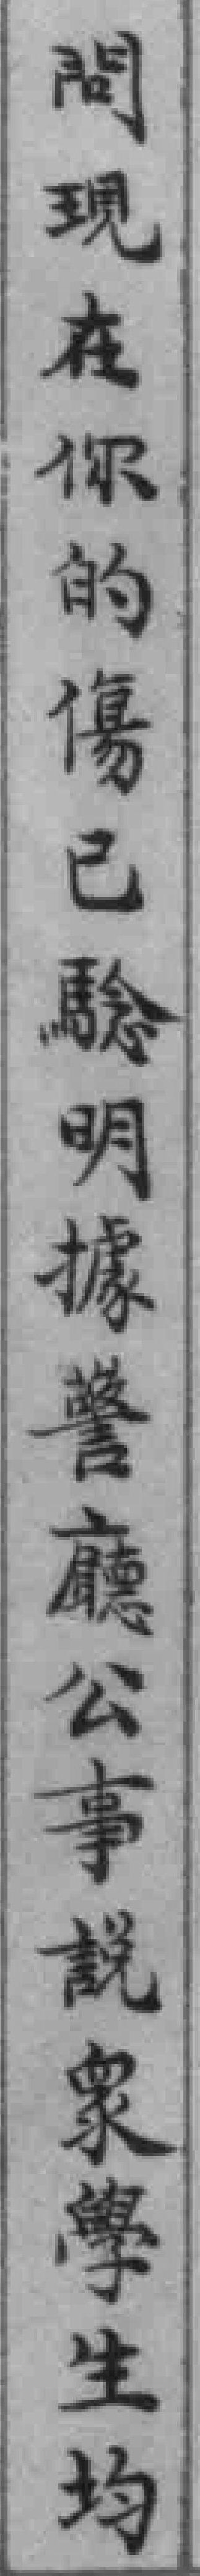
問現在你的傷已驗明據警廳公事說衆學生均